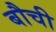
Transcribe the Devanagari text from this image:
बौची